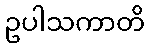
ဥပါသကာတိ